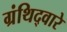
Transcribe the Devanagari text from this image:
ग्रंथिद्वारे